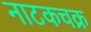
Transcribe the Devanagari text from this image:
नाटकचक्र